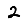
Digit: 2